Indian journal of veterinary science and animal husbandry - Volumes 24-25, 1954-1955
Year: 1954
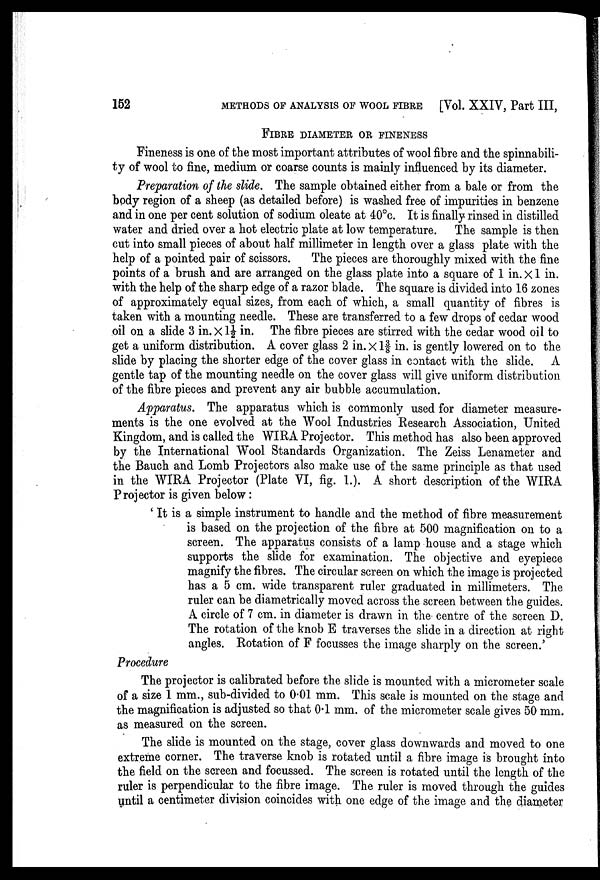
152
METHODS OF ANALYSIS OF WOOL FIBRE [Vol. XXIV, Part III,
FIBRE DIAMETER OR FINENESS
Fineness is one of the most important attributes of wool fibre and the spinnabili-
ty of wool to fine, medium or coarse counts is mainly influenced by its diameter.
Preparation of the slide. The sample obtained either from a bale or from the
body region of a sheep (as detailed before) is washed free of impurities in benzene
and in one per cent solution of sodium oleate at 40°c. It is finally rinsed in distilled
water and dried over a hot electric plate at low temperature. The sample is then
cut into small pieces of about half millimeter in length over a glass plate with the
help of a pointed pair of scissors.
The pieces are thoroughly mixed with the fine
points of a brush and are arranged on the glass plate into a square of 1 in. X 1 in.
with the help of the sharp edge of a razor blade. The square is divided into 16 zones
of approximately equal sizes, from each of which, a small quantity of fibres is
taken with a mounting needle. These are transferred to a few drops of cedar wood
oil on a slide 3 in. X 1½ in. The fibre pieces are stirred with the cedar wood oil to
get a uniform distribution. A cover glass 2 in. X 1 3 / 8 in. is gently lowered on to the
slide by placing the shorter edge of the cover glass in contact with the slide. A
gentle tap of the mounting needle on the cover glass will give uniform distribution
of the fibre pieces and prevent any air bubble accumulation.
Apparatus. The apparatus which is commonly used for diameter measure-
ments is the one evolved at the Wool Industries Research Association, United
Kingdom, and is called the WIRA Projector. This method has also been approved
by the International Wool Standards Organization. The Zeiss Lenameter and
the Bauch and Lomb Projectors also make use of the same principle as that used
in the WIRA Projector (Plate VI, fig. 1.). A short description of the WIRA
Projector is given below :
' It is a simple instrument to handle and the method of fibre measurement
is based on the projection of the fibre at 500 magnification on to a
screen. The apparatus consists of a lamp house and a stage which
supports the slide for examination. The objective and eyepiece
magnify the fibres. The circular screen on which the image is projected
has a 5 cm. wide transparent ruler graduated in millimeters. The
ruler can be diametrically moved across the screen between the guides.
A circle of 7 cm. in diameter is drawn in the centre of the screen D.
The rotation of the knob E traverses the slide in a direction at right
angles. Rotation of F focusses the image sharply on the screen.'
Procedure
The projector is calibrated before the slide is mounted with a micrometer scale
of a size 1 mm., sub-divided to 0.01 mm. This scale is mounted on the stage and
the magnification is adjusted so that 0.1 mm. of the micrometer scale gives 50 mm.
as measured on the screen.
The slide is mounted on the stage, cover glass downwards and moved to one
extreme corner. The traverse knob is rotated until a fibre image is brought into
the field on the screen and focussed. The screen is rotated until the length of the
ruler is perpendicular to the fibre image. The ruler is moved through the guides
until a centimeter division coincides with one edge of the image and the diameter